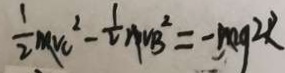
\frac { 1 } { 2 } M V C ^ { 2 } - \frac { 1 } { 2 } M V B ^ { 2 } = - m g 2 R